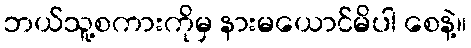
ဘယ်သူ့စကားကိုမှ နားမယောင်မိပါ စေနဲ့။